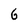
Character: 6